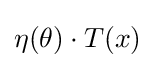
\eta (\theta )\cdot T(x)